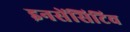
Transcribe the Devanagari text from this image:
इनसेंसिटिव